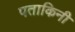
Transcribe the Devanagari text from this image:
पताकिनी